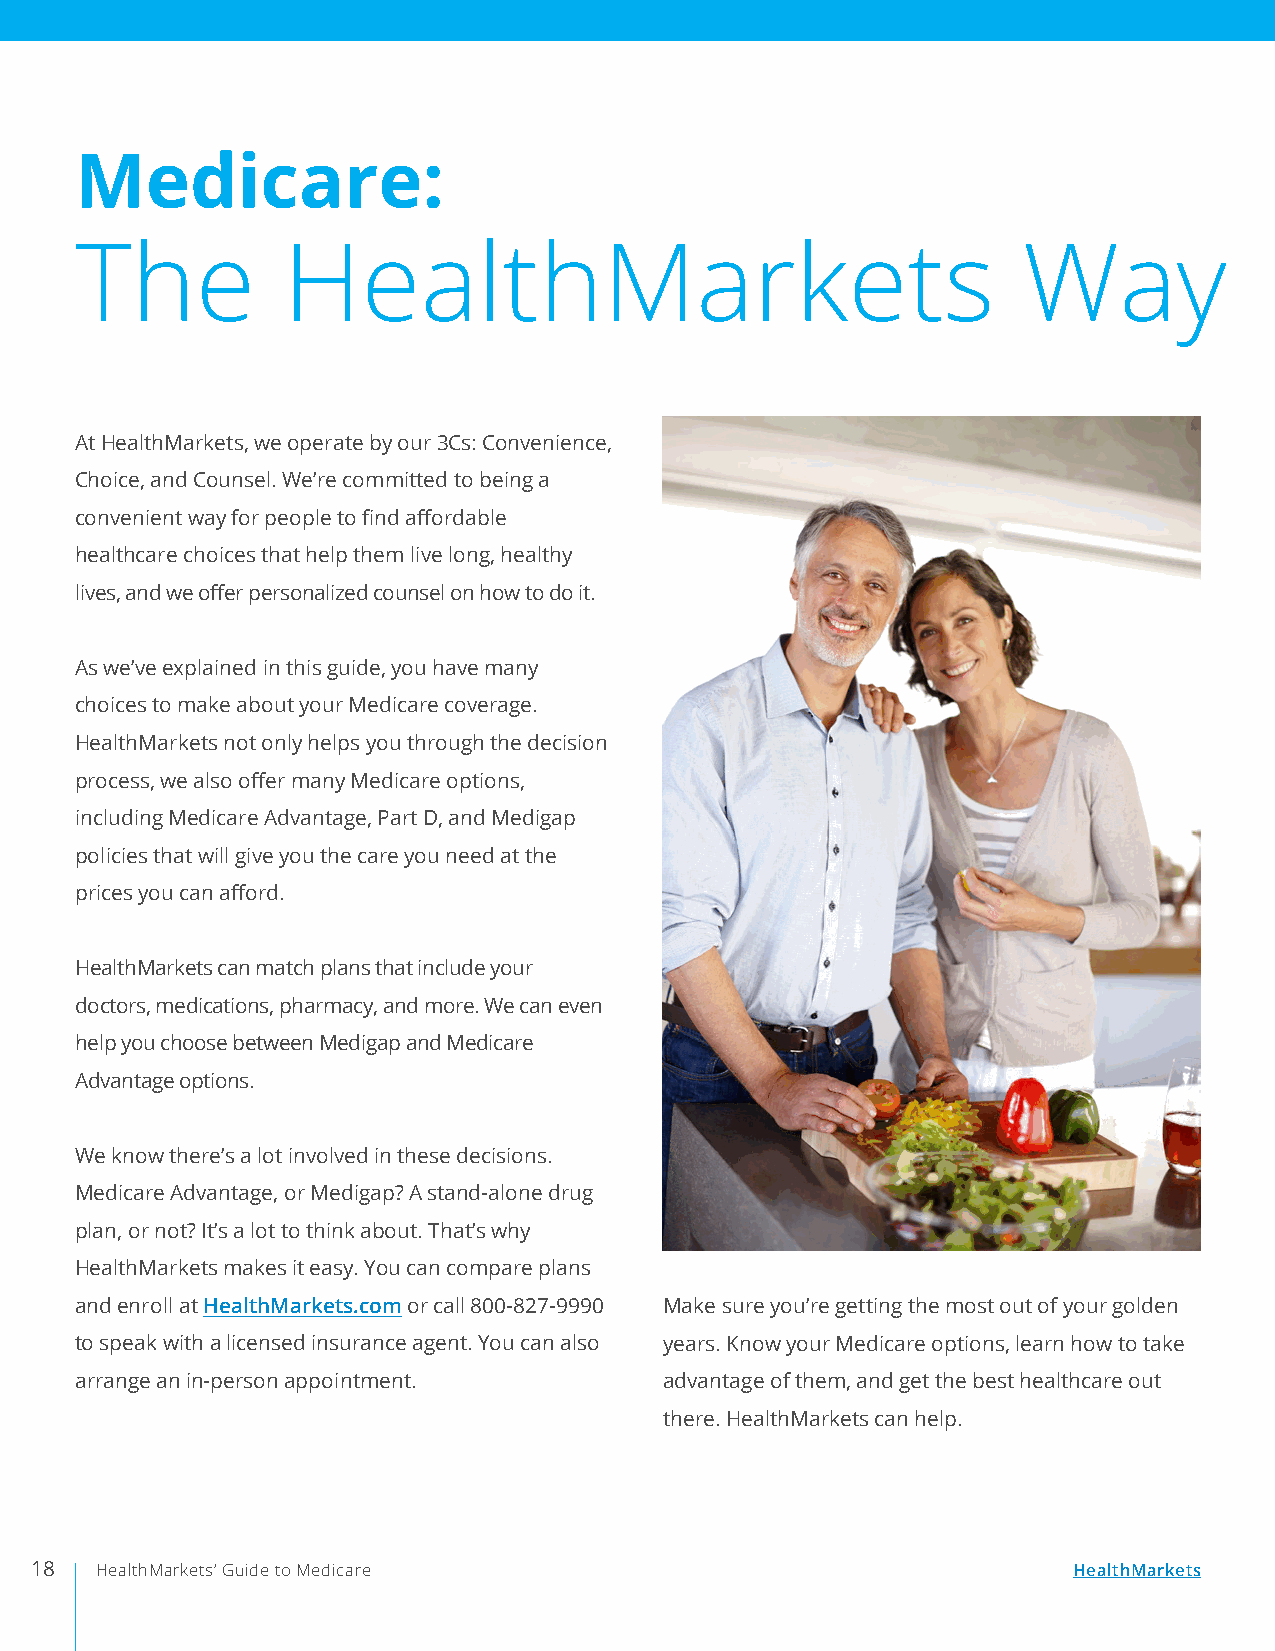
Medicare:
 The           HealthMarkets                                    Way
 At HealthMarkets, we operate by our 3Cs: Convenience,
 Choice, and Counsel. We’re committed to being a
 convenient way for people to find affordable
 healthcare choices that help them live long, healthy
 lives, and we offer personalized counsel on how to do it.
 As we’ve explained in this guide, you have many
 choices to make about your Medicare coverage.
 HealthMarkets not only helps you through the decision
 process, we also offer many Medicare options,
 including Medicare Advantage, Part D, and Medigap
 policies that will give you the care you need at the
 prices you can afford.
 HealthMarkets can match plans that include your
 doctors, medications, pharmacy, and more. We can even
 help you choose between Medigap and Medicare
 Advantage options.
 We know there’s a lot involved in these decisions.
 Medicare Advantage, or Medigap? A stand-alone drug
 plan, or not? It’s a lot to think about. That’s why
 HealthMarkets makes it easy. You can compare plans
 and enroll at HealthMarkets.com or call 800-827-9990 Make sure you’re getting the most out of your golden
 to speak with a licensed insurance agent. You can also years. Know your Medicare options, learn how to take
 arrange an in-person appointment.      advantage of them, and get the best healthcare out
 there. HealthMarkets can help.
 18  HealthMarkets’ Guide to Medicare                                 HealthMarkets